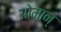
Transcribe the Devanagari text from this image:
ओमान्